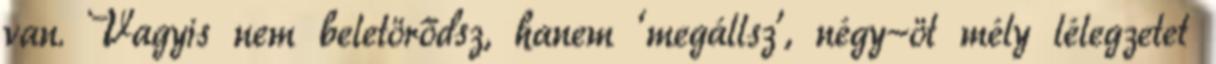
van. Vagyis nem beletörődsz, hanem ‘megállsz’, négy-öt mély lélegzetet